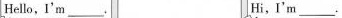
Hello，I'm___. Hi，I'm___.